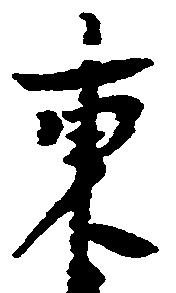
東